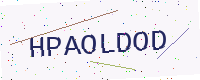
Text: HPAOLDOD